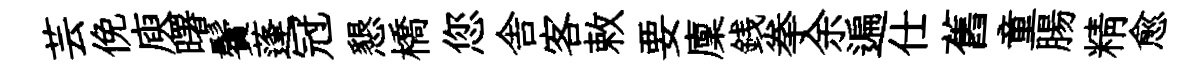
芸俛庾曙鬢蓬冠懇橋您舎客敕要廩銭拳余遍仕舊童腸精愈